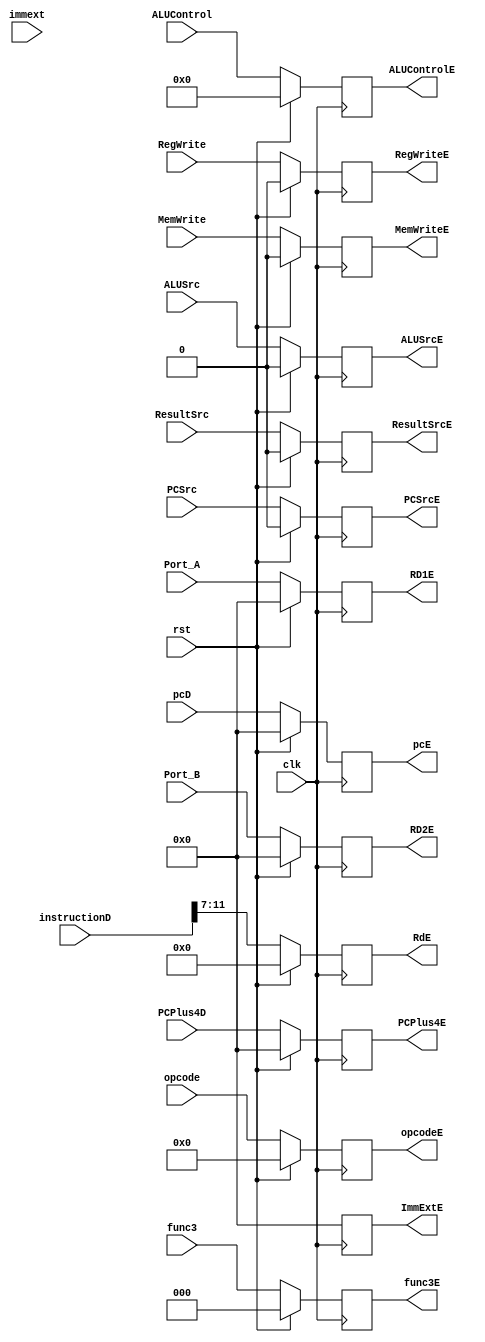
`timescale 1ns / 1ps
//////////////////////////////////////////////////////////////////////////////////
// Company: 
// Engineer: 
// 
// Design Name: 
// Module Name: reg_id_ex
// Project Name: 
// Target Devices: 
// Tool Versions: 
// Description: 
// 
// Dependencies: 
// 
// Revision:
// Revision 0.01 - File Created
// Additional Comments:
// 
//////////////////////////////////////////////////////////////////////////////////


module reg_id_ex (

	input  wire clk,
    input  wire rst,
	input  wire [31:0] Port_A, Port_B,
	input  wire [31:0] pcD,
	input  wire [31:0] PCPlus4D,
	input  wire [31:0] instructionD,
	input  wire [31:0] immext,
	input  wire PCSrc, MemWrite, ALUSrc, RegWrite,
	input  wire [3:0] ALUControl,
	input  wire ResultSrc,
	input  wire [6:0] opcode,
	input  wire [2:0] func3,
	
	output reg [31:0] RD1E, RD2E,
	output reg [31:0] pcE,
	output reg [31:0] PCPlus4E,
	output reg [4:0] RdE,
	output reg [31:0] ImmExtE,
	output reg PCSrcE, MemWriteE, ALUSrcE, RegWriteE,
	output reg [3:0] ALUControlE,
	output reg ResultSrcE,
    output reg [6:0] opcodeE,
    output reg [2:0] func3E
);

	always @ (posedge clk) begin
		if (rst) begin
			//ex_aluop      <= `EXE_NOP_OP;<= 0;
			//ex_alusel     <= `EXE_RES_NOP;
			RD1E<=0;
			RD2E<=0;
            pcE<=0;       
            PCPlus4E<=0; 
            RdE<=0;       
            ImmExtE<=0;   
			PCSrcE <=0;
			MemWriteE <=0;
			ALUSrcE <=0;
			RegWriteE <=0;
            ALUControlE <=0;
            ResultSrcE <=0;
            opcodeE <=0;
            func3E <=0;    
		end 
		else
		 begin
		    RD1E<=Port_A;
            RD2E<=Port_B;
            pcE<=pcD;       
            PCPlus4E<=PCPlus4D; 
            RdE<= instructionD[11:7];       
            ImmExtE<=0;
			PCSrcE <=PCSrc;
            MemWriteE <=MemWrite;
            ALUSrcE <=ALUSrc;
            RegWriteE <=RegWrite;
            ALUControlE <=ALUControl;
            ResultSrcE <=ResultSrc;    
			opcodeE <= opcode;
			func3E <= func3;
			
		end
	end

endmodule